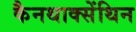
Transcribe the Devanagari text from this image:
कैनथाक्सेंथिन